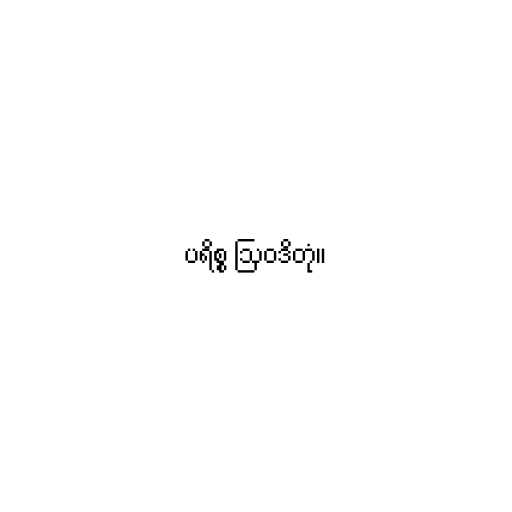
ပရိစ္စ ဩဝဒိတုံ။